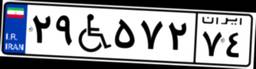
۴۳W۵۶۲۴۵